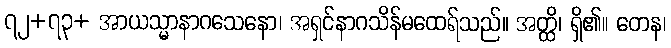
၇၂+၇၃+ အာယသ္မာနာဂသေနော၊ အရှင်နာဂသိန်မထေရ်သည်။ အတ္ထိ၊ ရှိ၏။ တေန၊